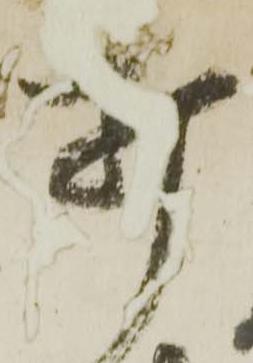
打